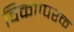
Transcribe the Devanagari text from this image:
विकाापरक